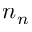
n _ { n }